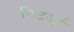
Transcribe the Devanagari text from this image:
टिटवई